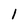
Character: 1